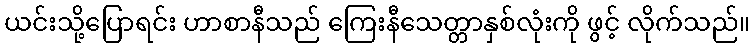
ယင်းသို့ပြောရင်း ဟာစာနီသည် ကြေးနီသေတ္တာနှစ်လုံးကို ဖွင့် လိုက်သည်။